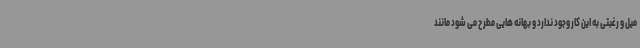
میل و رغبتی به این کار وجود ندارد و بهانه هایی مطرح می شود مانند